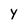
Character: Y